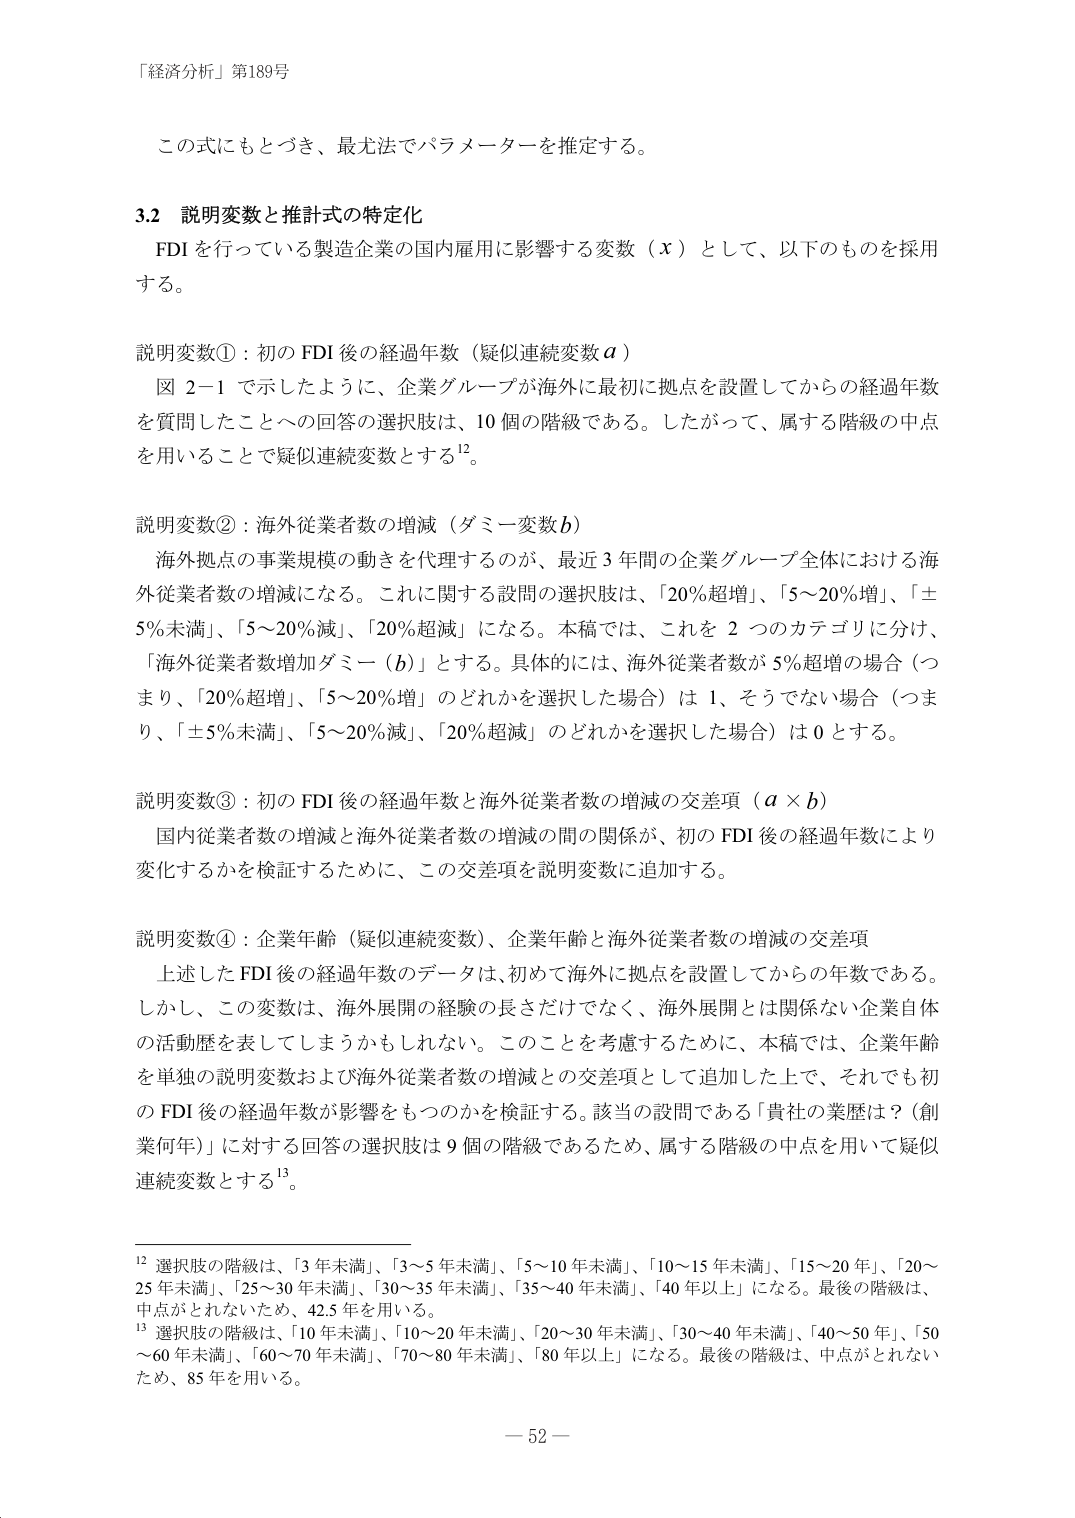
「経済分析」第189号

この式にもとづき、最尤法でパラメーターを推定する。

3.2 説明変数と推計式の特定化
FDI を行っている製造企業の国内雇用に影響する変数（x）として、以下のものを採用する。

説明変数①：初の FDI 後の経過年数（疑似連続変数 a）
図 2-1 で示したように、企業グループが海外に最初に拠点を設置してからの経過年数を質問したことへの回答の選択肢は、10 個の階級である。したがって、属する階級の中点を用いることで疑似連続変数とする¹²。

説明変数②：海外従業者数の増減（ダミー変数 b）
海外拠点の事業規模の動きを代理するのが、最近 3 年間の企業グループ全体における海外従業者数の増減になる。これに関する設問の選択肢は、「20％超増」、「5～20％増」、「±5％未満」、「5～20％減」、「20％超減」になる。本稿では、これを 2 つのカテゴリに分け、「海外従業者数増加ダミー（b）」とする。具体的には、海外従業者数が 5％超増の場合（つまり、「20％超増」、「5～20％増」のどれかを選択した場合）は 1、そうでない場合（つまり、「±5％未満」、「5～20％減」、「20％超減」のどれかを選択した場合）は 0 とする。

説明変数③：初の FDI 後の経過年数と海外従業者数の増減の交差項（a × b）
国内従業者数の増減と海外従業者数の増減の間の関係が、初の FDI 後の経過年数により変化するかを検証するために、この交差項を説明変数に追加する。

説明変数④：企業年齢（疑似連続変数）、企業年齢と海外従業者数の増減の交差項
上述した FDI 後の経過年数のデータは、初めて海外に拠点を設置してからの年数である。しかし、この変数は、海外展開の経験の長さだけでなく、海外展開とは関係ない企業自体の活動歴を表してしまうかもしれない。このことを考慮するために、本稿では、企業年齢を単独の説明変数および海外従業者数の増減との交差項として追加した上で、それでも初の FDI 後の経過年数が影響をもつのかを検証する。該当の設問である「貴社の業歴は？（創業何年）」に対する回答の選択肢は 9 個の階級であるため、属する階級の中点を用いて疑似連続変数とする¹³。

¹² 選択肢の階級は、「3 年未満」、「3～5 年未満」、「5～10 年未満」、「10～15 年未満」、「15～20 年」、「20～25 年未満」、「25～30 年未満」、「30～35 年未満」、「35～40 年未満」、「40 年以上」になる。最後の階級は、中点がとれないため、42.5 年を用いる。
¹³ 選択肢の階級は、「10 年未満」、「10～20 年未満」、「20～30 年未満」、「30～40 年未満」、「40～50 年」、「50～60 年未満」、「60～70 年未満」、「70～80 年未満」、「80 年以上」になる。最後の階級は、中点がとれないため、85 年を用いる。

— 52 —